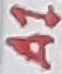
Text: A1